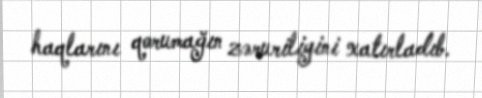
haqlarını qorumağın zəruriliyini xatırladıb.